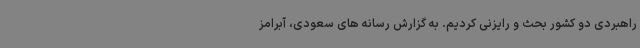
راهبردی دو کشور بحث و رایزنی کردیم. به گزارش رسانه های سعودی، آبرامز